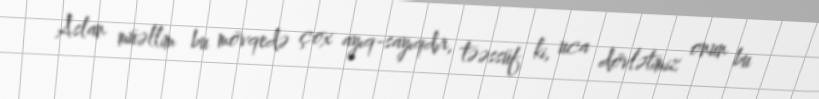
Aslan müəllim bu mövqedə çox ayıq-sayıqdır, təəssüf ki, uca dövlətimiz onun bu